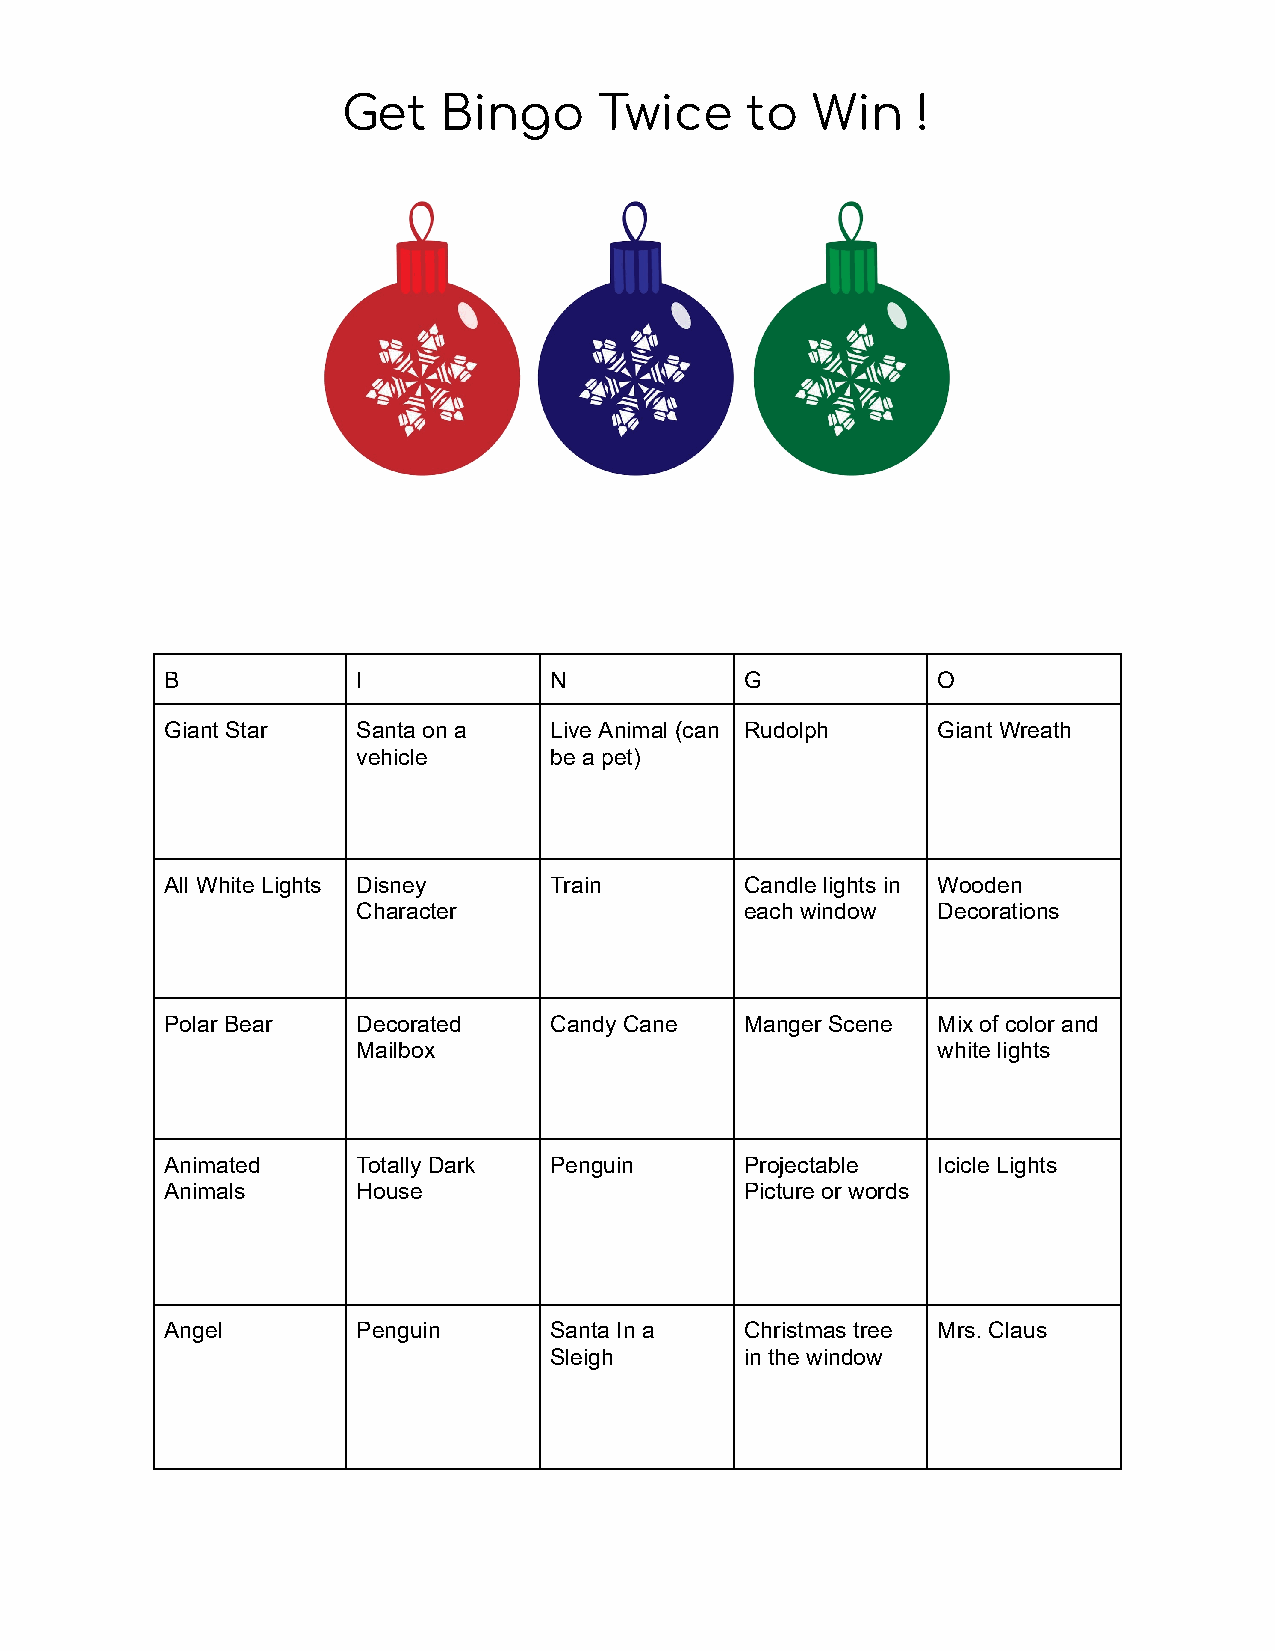
Get   Bingo      Twice    to   Win    !
 B            I           N            G            O
 Giant Star   Santa on a  Live Animal (can Rudolph  Giant Wreath
 vehicle     be a pet)
 All White Lights Disney  Train        Candle lights in Wooden
 Character                each window  Decorations
 Polar Bear   Decorated   Candy Cane   Manger Scene Mix of color and
 Mailbox                               white lights
 Animated     Totally Dark Penguin     Projectable  Icicle Lights
 Animals      House                    Picture or words
 Angel        Penguin     Santa In a   Christmas tree Mrs. Claus
 Sleigh       in the window